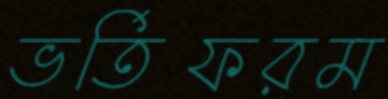
ভর্তিফরম